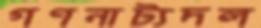
গণনাট্যদল